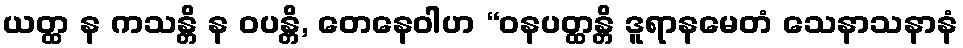
ယတ္ထ န ကသန္တိ န ဝပန္တိ, တေနေဝါဟ “ဝနပတ္ထန္တိ ဒူရာနမေတံ သေနာသနာနံ